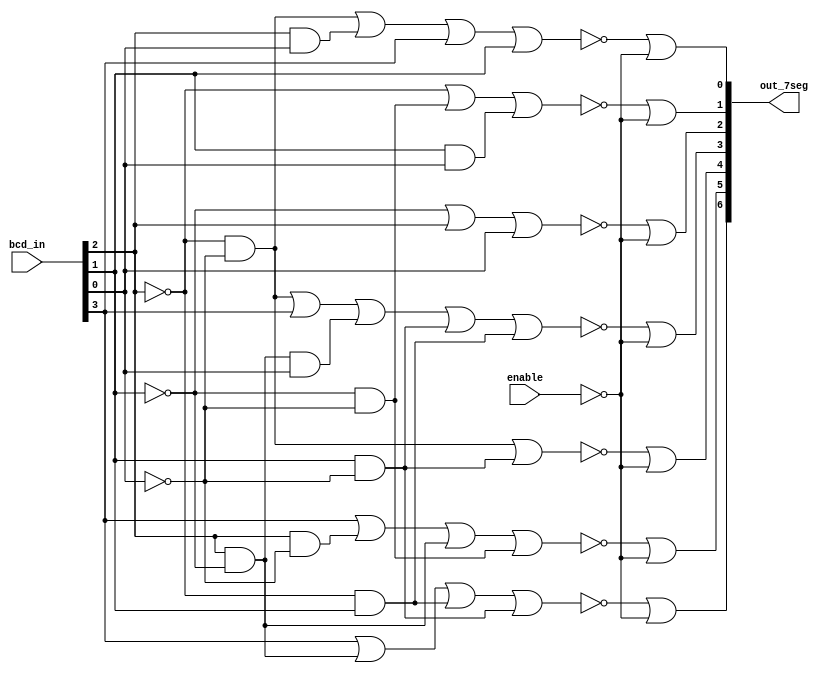
module led7_decoder(enable, bcd_in, out_7seg); // anode
	output [6:0]out_7seg;
	input enable;
	input [3:0]bcd_in;
	
	assign out_7seg[0] = ~((~bcd_in[2]&~bcd_in[0]) | (bcd_in[2]&bcd_in[0]) | bcd_in[3] | bcd_in[1]) | ~enable;
	assign out_7seg[1] = ~(~bcd_in[2] | (~bcd_in[1]&~bcd_in[0]) | (bcd_in[1]&bcd_in[0])) | ~enable;
	assign out_7seg[2] = ~(~bcd_in[1] | bcd_in[2] | bcd_in[0]) | ~enable;
	assign out_7seg[3] = ~((~bcd_in[2]&~bcd_in[0]) | bcd_in[3] | (bcd_in[2]&~bcd_in[1]&bcd_in[0]) | (bcd_in[1]&~bcd_in[0]) | (~bcd_in[2]&bcd_in[1])) | ~enable;
	assign out_7seg[4] = ~((~bcd_in[2]&~bcd_in[0]) | (bcd_in[1]&~bcd_in[0])) | ~enable;
	assign out_7seg[5] = ~(bcd_in[3] | bcd_in[2]&~bcd_in[0] | bcd_in[2]&~bcd_in[1] | ~bcd_in[1]&~bcd_in[0]) | ~enable;
	assign out_7seg[6] = ~(bcd_in[3] | bcd_in[2]&~bcd_in[1] | ~bcd_in[2]&bcd_in[1] | bcd_in[1]&~bcd_in[0]) | ~enable;
endmodule